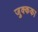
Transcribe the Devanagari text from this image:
जुक्कका